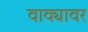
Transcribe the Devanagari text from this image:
वाक्यावर